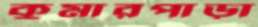
কুমারপাড়া